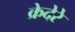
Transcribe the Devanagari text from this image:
क्रेदेरे